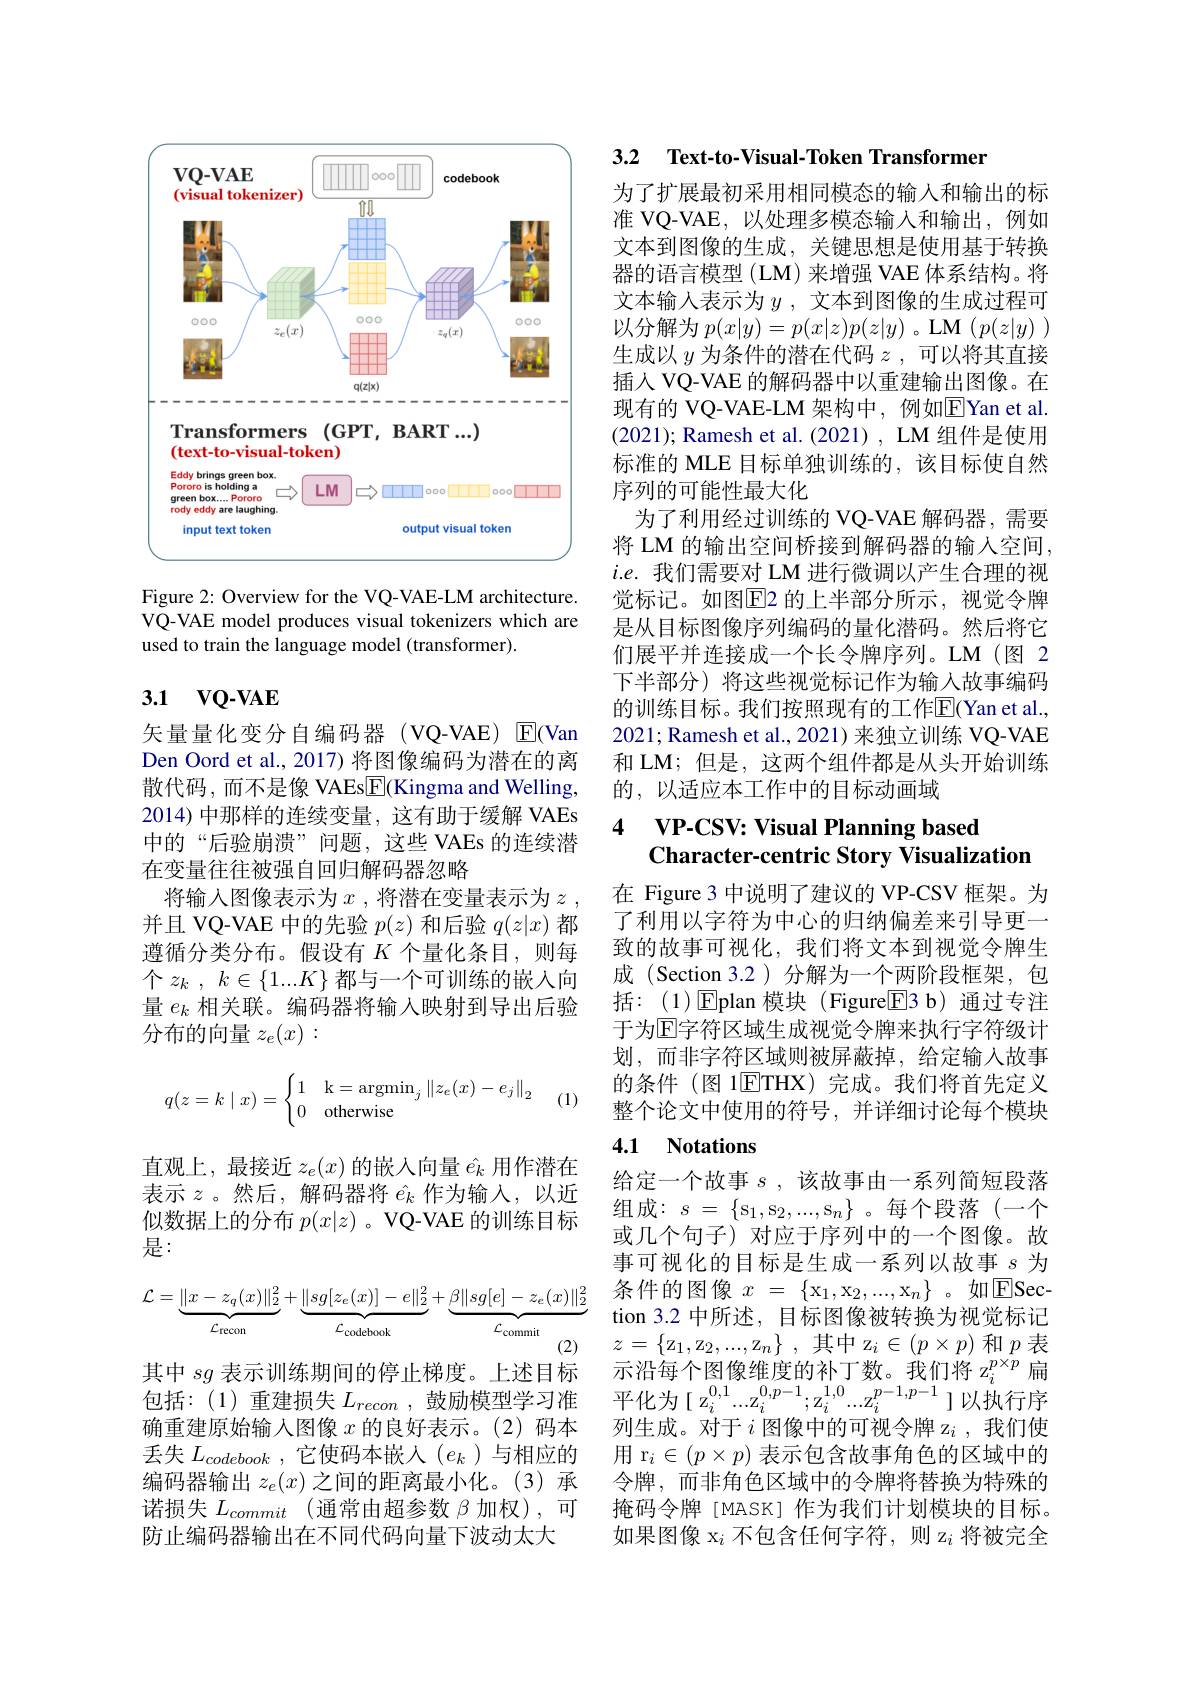
<FigureHere>
Figure 2: Overview for the VQ-VAE-LM architecture.

VQ-VAE model produces visual tokenizers which are
used to train the language model (transformer).

## 3.1 $\mathbf{vQ- VAE}$

矢量量化变分自编码器(VQ-VAE) $\overline{\mathrm{E}}$(Van Den Oord et al., 2017) 将图像编码为潜在的离散代码，而不是像 VAEs$\underline{\mathrm{E}}($Kingma and Welling, 2014)中那样的连续变量，这有助于缓解 VAEs 中的“后验崩溃”问题，这些 VAEs 的连续潜在变量往往被强自回归解码器忽略
将输入图像表示为$x$ ,将潜在变量表示为 $z$ , 并且 VQ-VAE 中的先验$p(z)$和后验$q(z|x)$都遵循分类分布。假设有$K$个量化条目，则每个$z_k$ , $k\in \{ 1. . . K\}$都与一个可训练的嵌入向量$e_k$相关联。编码器将输入映射到导出后验分布的向量$z_e(x):$
$$q(z=k\mid x)=\begin{cases}1&\text{k}=\operatorname{argmin}_j\left\|z_e(x)-e_j\right\|_2\\0&\text{otherwise}\end{cases}$$
(1)

直观上，最接近$z_e(x)$的嵌入向量$\hat{e}_k$用作潜在表示$z$。然后，解码器将$\hat{e}_k$作为输入，以近似数据上的分布$p(x|z)$ 。VQ-VAE 的训练目标是：
$$\mathcal{L}=\underbrace{\|x-z_q(x)\|_2^2}_{\mathcal{L}_{\mathrm{recon}}}+\underbrace{\|sg[z_e(x)]-e\|_2^2}_{\mathcal{L}_{\mathrm{codebook}}}+\underbrace{\beta\|sg[e]-z_e(x)\|_2^2}_{\mathcal{L}_{\mathrm{commit}}}$$
其中$sg$表示训练期间的停止梯度。上述目标

包括：(1)重建损失$L_recon$,鼓励模型学习准确重建原始输入图像$x$的良好表示。(2)码本丢失$L_{codebook}$ ,它使码本嵌人$(e_k$ )与相应的编码器输出$z_e(x)$之间的距离最小化。(3)承诺损失$L_commit$(通常由超参数 $\beta$ 加权),可防止编码器输出在不同代码向量下波动太大

3.2 Text-to-Visual-Token Transformen

为了扩展最初采用相同模态的输入和输出的标准 VQ-VAE, 以处理多模态输入和输出，例如文本到图像的生成，关键思想是使用基于转换器的语言模型 (LM) 来增强 VAE 体系结构。将文本输入表示为$y$ ,文本到图像的生成过程可以分解为$p(x|y)=p(x|z)p(z|y)$ 。LM $(p(z|y)$ ) 生成以$y$为条件的潜在代码$z$,可以将其直接插人 VQ-VAE 的解码器中以重建输出图像。在现有的 VQ-VAE-LM 架构中，例如$\boxed{\mathrm{F}}$Yan et al. (2021); Ramesh et al. (2021) , LM 组件是使用标准的 MLE 目标单独训练的，该目标使自然序列的可能性最大化
为了利用经过训练的 VQ-VAE 解码器，需要将 LM 的输出空间桥接到解码器的输人空间， $i.e.$我们需要对 LM 进行微调以产生合理的视觉标记。如图$\overline{\mathrm{E}}$2 的上半部分所示，视觉令牌是从目标图像序列编码的量化潜码。然后将它们展平并连接成一个长令牌序列。LM(图 2下半部分) 将这些视觉标记作为输入故事编码的训练目标。我们按照现有的工作|E|C$an et al. $, 2021; Ramesh et al., 2021) 来独立训练 VQ-VAE 和 LM; 但是，这两个组件都是从头开始训练的，以适应本工作中的目标动画域

### 4 $\textbf{VP- CSV: Visual Planning based}$ Character-centric Story Visualization

在 Figure 3 中说明了建议的 VP-CSV 框架。为了利用以字符为中心的归纳偏差来引导更一致的故事可视化，我们将文本到视觉令牌生成 (Section 3.2)分解为一个两阶段框架，包括：(1)Eplan 模块(Figure$\boxed{\mathrm{E}}3$b)通过专注于为$\mathbb{E}$字符区域生成视觉令牌来执行字符级计划，而非字符区域则被屏蔽掉，给定输入故事的条件 (图 1$\boxed{\mathrm{ETHX}}$)完成。我们将首先定义整个论文中使用的符号，并详细讨论每个模块

## 4.1 Notations

给定一个故事$s$ ,该故事由一系列简短段落组成：$s=\{\mathrm{s}_1,\mathrm{s}_2,...,\mathrm{s}_n\}$。每个段落(一个或几个句子)对应于序列中的一个图像。故事可视化的目标是生成一系列以故事$s$为条件的图像$x=\{\mathrm x_1,\mathrm x_2,...,\mathrm x_n\}$。如回Section 3.2 中所述，目标图像被转换为视觉标记$z=\left\{\mathrm{z}_1,\mathrm{z}_2,...,\mathrm{z}_n\right\}$,其中 z$_i\in(p\times p)$ 和$p$ 表$\text{示 沿 每 个 图 像 维 度 的 补 丁 数 。我 们 将 z}_{i}^{p\times p}$ 扁平化为[ z$_i^{0,1}...\mathbb{Z}_i^{0,p-1};\mathbb{Z}_i^{1,0}...\mathbb{Z}_i^{p-1,p-1}]$以执行序列生成。对于$i$图像中的可视令牌 z$_i$,我们使用 r$_i\in(p\times p)$表示包含故事角色的区域中的令牌，而非角色区域中的令牌将替换为特殊的掩码令牌[MASK] 作为我们计划模块的目标。如果图像 x$_i$不包含任何字符，则 z$_i$将被完全